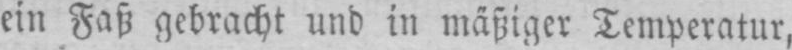
ein Faß gebracht und in mäßiger Temperatur,